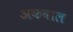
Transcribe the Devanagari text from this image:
अकवाल